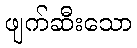
ဖျက်ဆီးသော